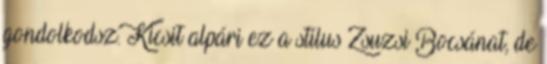
gondolkodsz. Kicsit alpári ez a stílus Zsuzsi Bocsánat, de